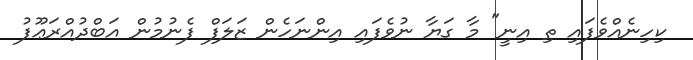
ކިހިނެއްވެފައި ތި އިނީ" މާ ގަޔާ ނުވެފައި އިންނަހެން ޒަލަފް ފެނުމުން އަބްދުއްރަޢޫފު